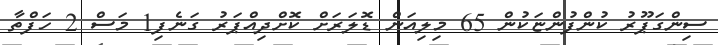
ސިންގަޕޫރު ކުންފުންޏަކުން 65 މިލިއަން ޑޮލަރަށް ކޮށްދިއްޕަރު ގަނެފި1 މަސް 2 ހަފްތާ